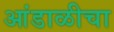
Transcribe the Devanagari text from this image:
आंडाळीचा